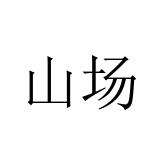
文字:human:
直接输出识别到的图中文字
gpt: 山场